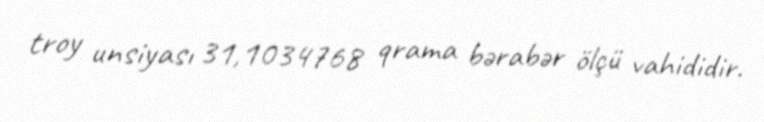
troy unsiyası 31,1034768 qrama bərabər ölçü vahididir.